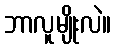
ဘာလူမျိုးလဲ။